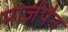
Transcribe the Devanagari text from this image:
मार्ज़पैन